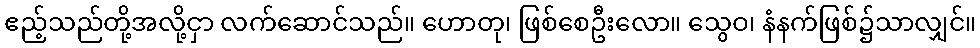
ဧည့်သည်တို့အလို့ငှာ လက်ဆောင်သည်။ ဟောတု၊ ဖြစ်စေဦးလော။ သွေဝ၊ နံနက်ဖြစ်၌သာလျှင်။